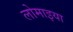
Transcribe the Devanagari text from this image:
लोमाइया